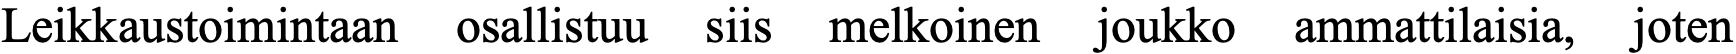
Leikkaustoimintaan osallistuu siis melkoinen joukko ammattilaisia, joten